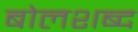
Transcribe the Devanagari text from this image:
बोलशब्द